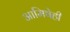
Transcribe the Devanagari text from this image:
आमिषेही